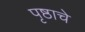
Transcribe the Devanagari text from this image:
पृष्ठाचे